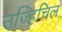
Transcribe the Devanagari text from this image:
उज्हिचिल